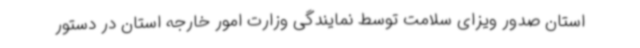
استان صدور ویزای سلامت توسط نمایندگی وزارت امور خارجه استان در دستور